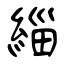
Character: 緇